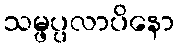
သမ္ဖပ္ပလာပိနော